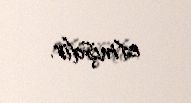
etmişdir.